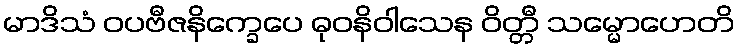
မာဒိသံ ဝပဗီဇနိက္ခေပေ ဓုဝနိဝါသေန ဝိတ္တီ သမ္မောဟေတိ